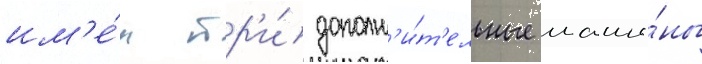
им'е́л тр'и́ дополн'и́т'ельные маши́ны